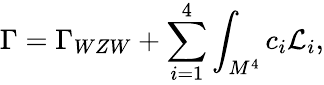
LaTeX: \Gamma=\Gamma_{WZW}+\sum_{i=1}^{4}\int_{M^{4}}c_{i}{\cal L}_{i},